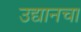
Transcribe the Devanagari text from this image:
उद्यानचा